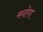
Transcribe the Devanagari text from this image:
मनोया